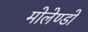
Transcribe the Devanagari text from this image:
मोलेण्डो